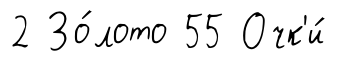
2 Зо́лото 55 Очк'и́